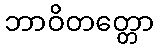
ဘာဝိတတ္တော